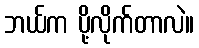
ဘယ်က ပို့လိုက်တာလဲ။